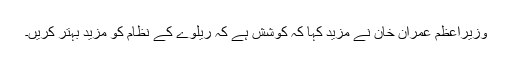
وزیراعظم عمران خان نے مزید کہا کہ کوشش ہے کہ ریلوے کے نظام کو مزید بہتر کریں۔